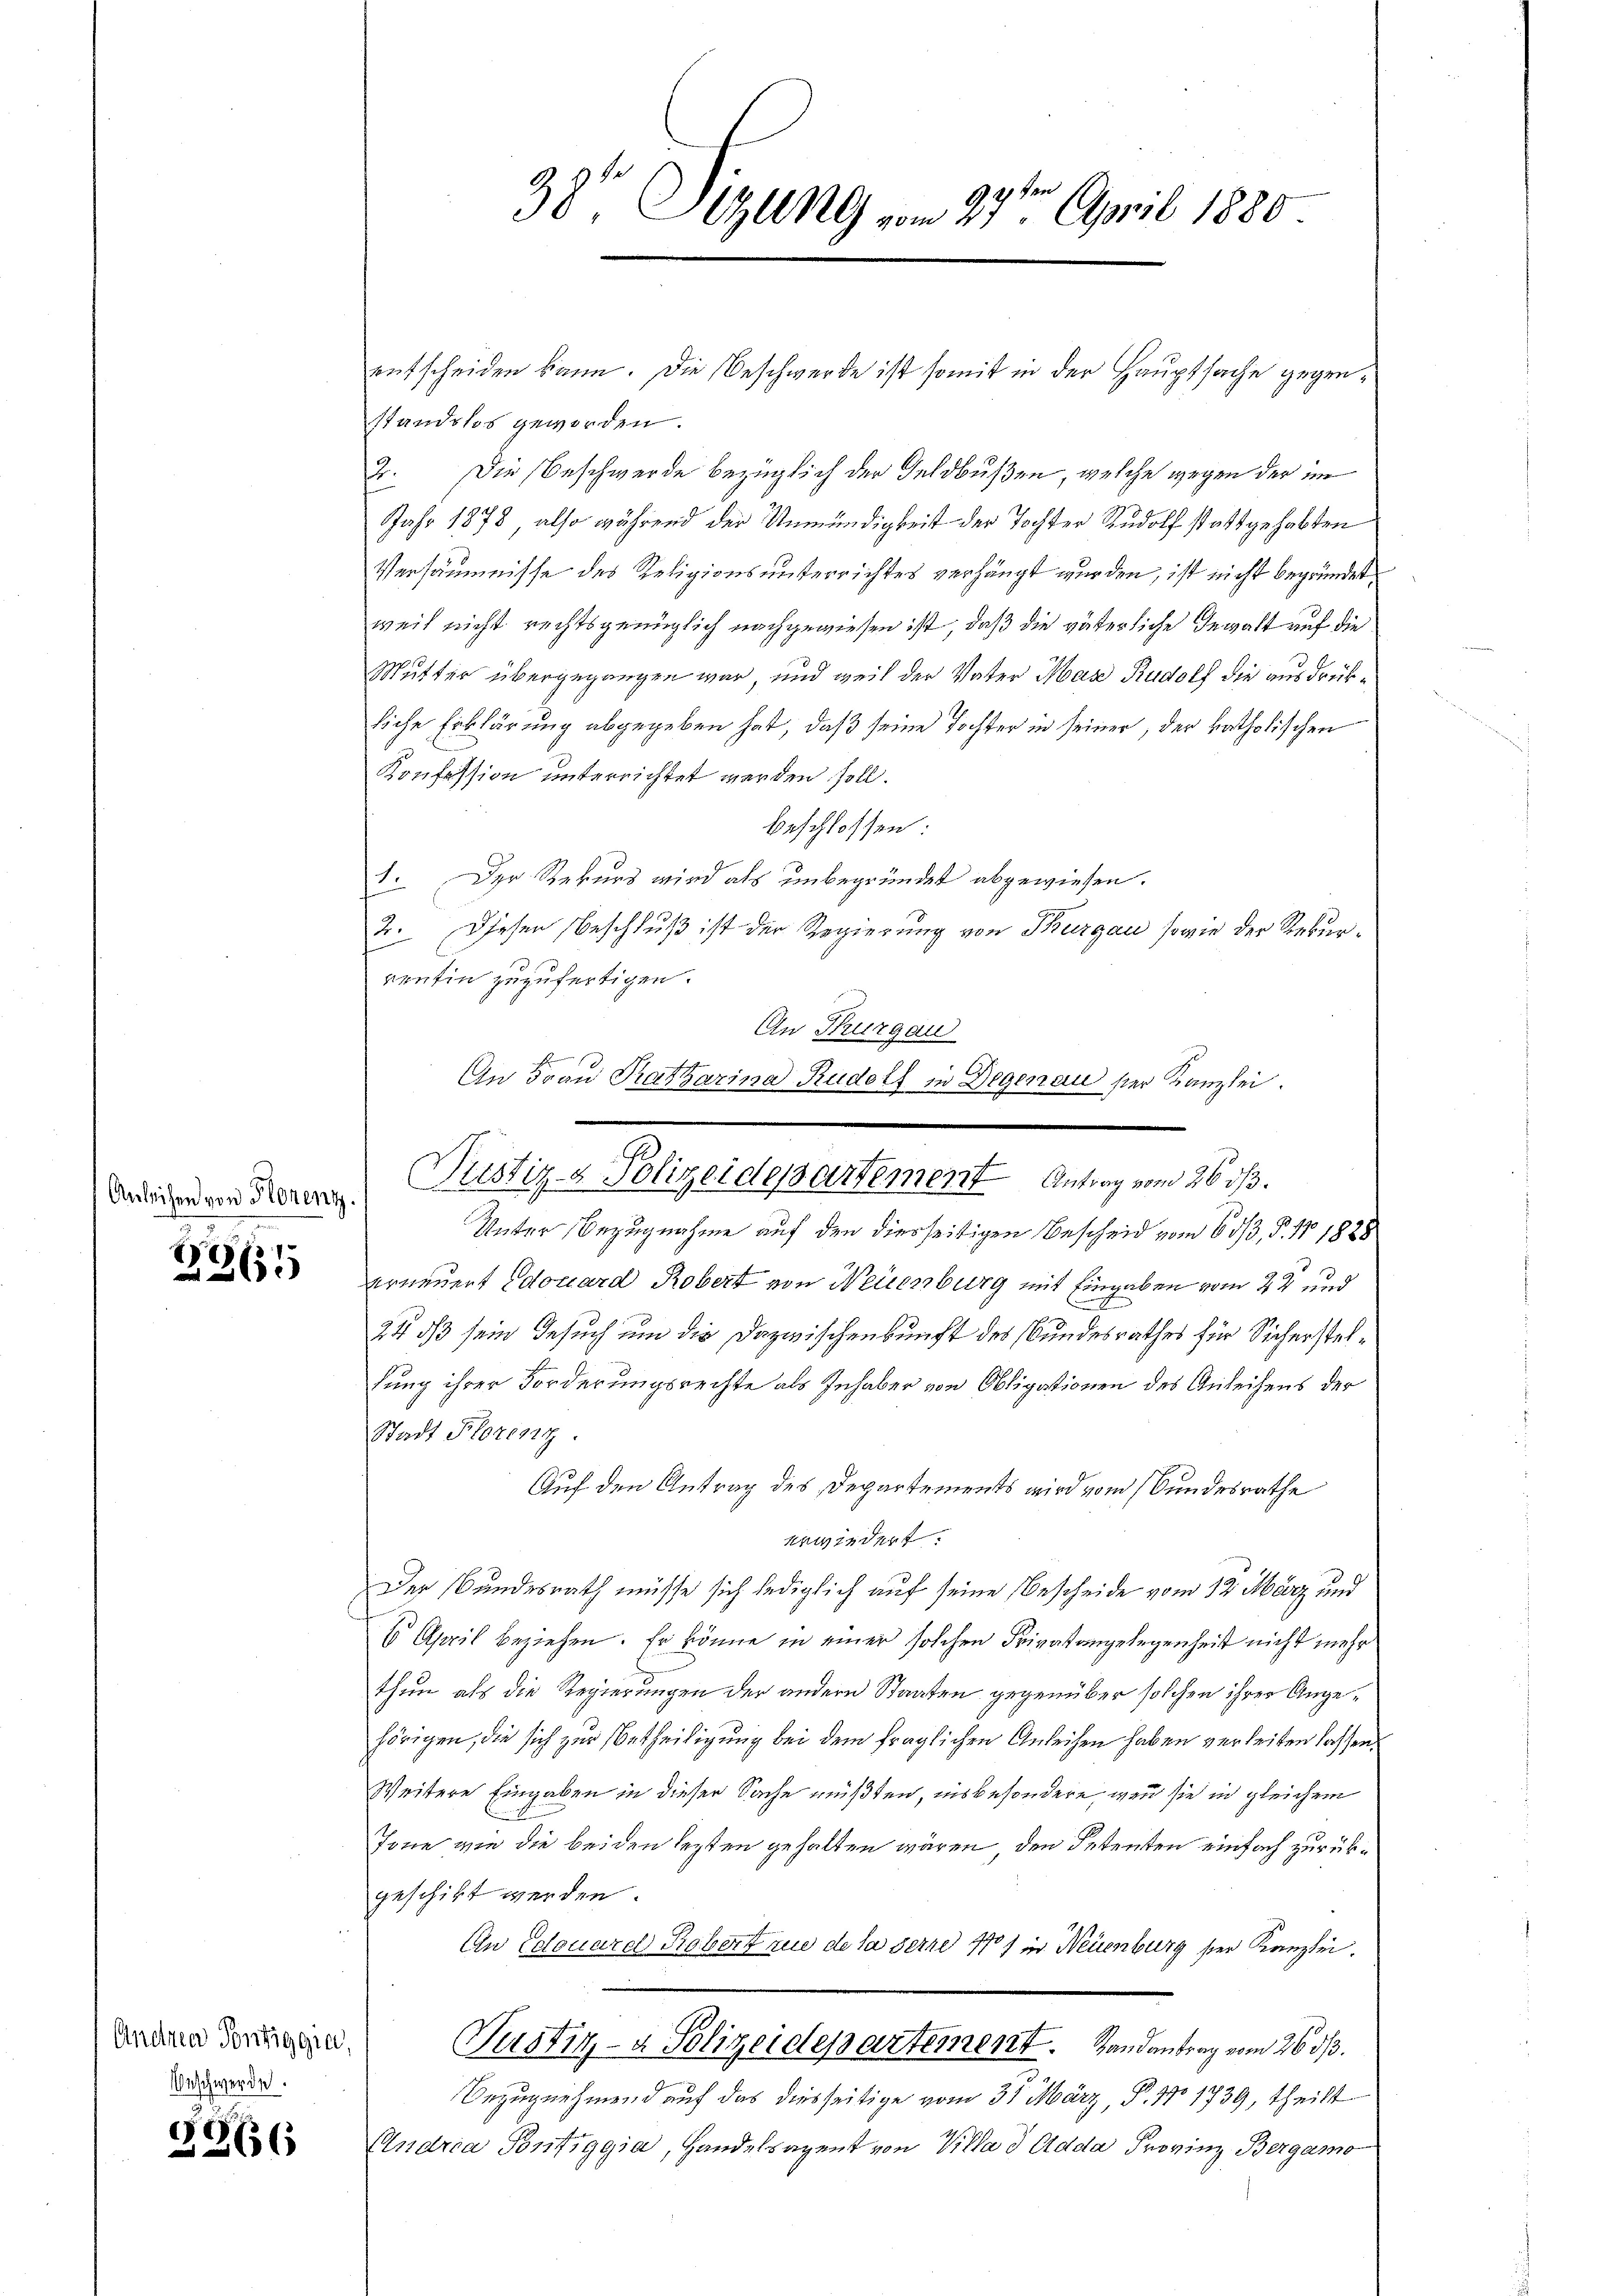
Anleihen von Florenz

2961

Anetzen Pontiggia,
Beschwerde.

e
266

38te Sitzung vom 27ten April 1880

entscheiden kann. Die Beschwerde ist somit in der Hauptsache gegenstandslos geworden.
2. Die Beschwerde bezüglich der Geldbußen, welche wegen der im
Jahr 1878, also während der Unmündigkeit der Tochter Rudolf stattgehabten
Versäumnisse des Religionsunterrichtes verhängt wurden, ist nicht begründet
weil nicht rechtsgenüglich nachgewiesen ist, daß die väterliche Gewalt auf die
Mutter übergegangen war, und weil der Vater Max Rudolf die ausdrükliche Erklärung abgegeben hat, daß seine Tochter in seiner, der katholischen
Konfession unterrichtet werden soll.
beschlossen:
1. Der Rekurs wird als unbegründet abgewiesen.
2. Dieser Beschluß ist der Regierung von Thurgau, sowie der Rekurarutin zuzufertigen.
An Thurgau
An Frau Katharina Rudolf in Degenau ser Kanzlei.
e

Unter Bezugnahme auf den diesseitigen Bescheid vom 603, §. 11 1828
erneuert douard Robert von Neuenburg mit Eingaben vom 2te und
24 dß sein Besuch um die Dazwischenkunft des Bundesrathes für Sicherstel¬
E
sung ihrer Forderungsrechte als Inhaber von Obligationen des Anleihens der
Stadt Florenz.
Auf den Antrag des Departements wird vom Bundesrathe
rwindert.
Der Bundesrath müsse sich lediglich auf seine Bescheide vom 12. März und
6 April beziehen. Er könne in einer solchen Privatangelegenheit nicht mehr
thun als die Regierungen der andern Staaten gegenüber solchen ihrer Angehörigen, die sich zur Betheiligung bei dem fraglichen Anleihen haben verleiten lassen,
Weitere Eingaben in dieser Sache müßten, insbesondere, wenn sie in gleichem
Tone wie die beiden lezten gehalten wären, den Petenten einfach zurückgeschikt werden.
An Cclouarel Robert nie de la setze 1901 in Neuenburg ser Kanzlei.
Pustiz- & Polizeidepartement. Randantrag vom 26. ds.
Bezugnehmend auf das diesseitige vom 31. März, P. No 1739, theilt
Andria Pontiggia, Handelsagent von Villa d Adda Frovinz Bergamo

Justiz- & Polizeidepartement Antrag vom 26. 313.